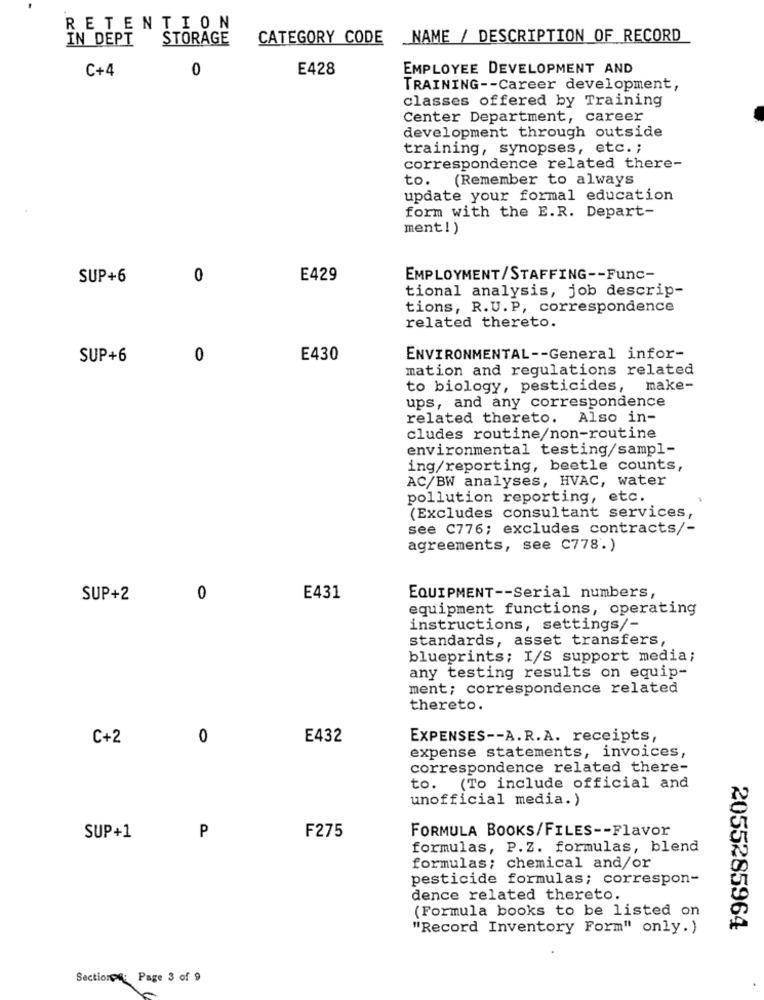
RETENTION
IN DEPT
STORAGE
CATEGORY CODE
_NAME / DESCRIPTION OF RECORD
0
E428
EMPLOYEE DEVELOPMENT AND
C+4
TRAINING -- Career development,
classes offered by Training
Center Department, career
development through outside
training, synopses, etc. ;
correspondence related there-
to. (Remember to always
update your formal education
form with the E.R. Depart-
ment!)
SUP+6
0
E429
EMPLOYMENT/STAFFING -- Func-
tional analysis, job descrip-
tions, R.U.P, correspondence
related thereto.
SUP+6
0
E430
ENVIRONMENTAL -- General infor-
mation and regulations related
to biology, pesticides,
make-
ups, and any correspondence
related thereto. Also in-
cludes routine/non-routine
environmental testing/sampl-
ing/reporting, beetle counts,
AC/BW analyses, HVAC, water
pollution reporting, etc.
(Excludes consultant services,
see C776; excludes contracts/-
agreements, see C778.)
SUP+2
0
E431
EQUIPMENT -- Serial numbers,
equipment functions, operating
instructions, settings/-
standards, asset transfers,
blueprints; I/S support media;
any testing results on equip-
ment; correspondence related
thereto.
C+2
0
E432
EXPENSES -- A.R.A. receipts,
expense statements, invoices,
correspondence related there-
to. (To include official and
unofficial media.)
FORMULA BOOKS/FILES -- Flavor
SUP+1
P
F275
formulas, P.Z. formulas, blend
formulas; chemical and/or
pesticide formulas; correspon-
dence related thereto.
(Formula books to be listed on
"Record Inventory Form" only.)
2055285964
Section: Page 3 of 9